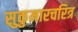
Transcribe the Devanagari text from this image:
सुकुमारचरित्र